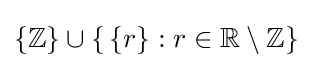
\{\mathbb {Z} \}\cup \{\,\{r\}:r\in \mathbb {R} \setminus \mathbb {Z} \}